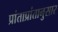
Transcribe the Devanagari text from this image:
प्रांताप्रांतानुसार